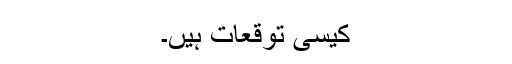
کیسی توقعات ہیں۔